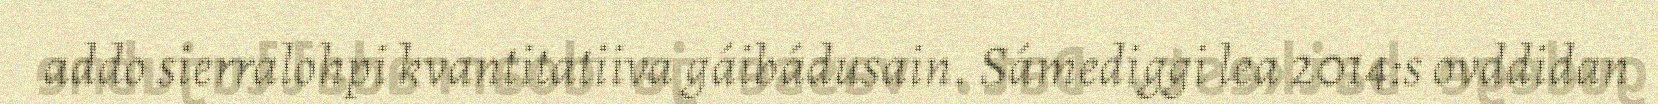
addo sierralohpi kvantitatiiva gáibádusain. Sámediggi lea 2014:s ovddidan